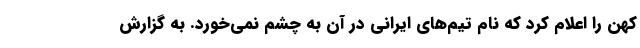
کهن را اعلام کرد که نام تیم‌های ایرانی در آن به چشم نمی‌خورد. به گزارش